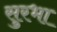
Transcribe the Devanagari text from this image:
सुरभा